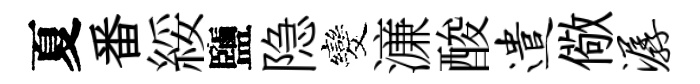
夏番綏鹽隐发濓酸遣儆潺